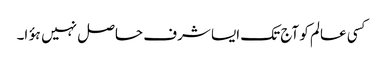
کسی عالم کو آج تک ایسا شرف حاصل نہیں ہؤا۔